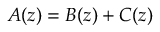
A ( z ) = B ( z ) + C ( z )